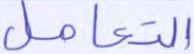
التعامل